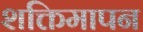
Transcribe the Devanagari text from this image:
शक्तिमापन